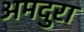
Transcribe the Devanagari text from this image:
अमदुरा